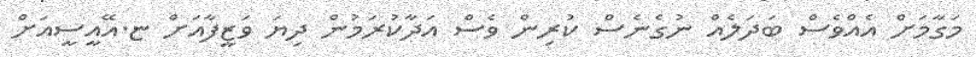
މަގާމަށް އެއްވެސް ބަދަލެއް ނުގެނެސް ކުރިން ވެސް އަދާކުރަމުން ދިޔަ ވަޒީފާއަށް ޏ.އޭއީސީއަށް